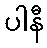
ပါနီ